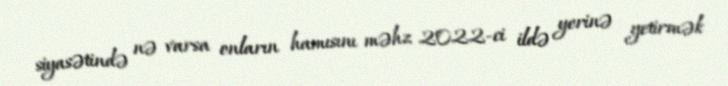
siyasətində nə varsa onların hamısını məhz 2022-ci ildə yerinə yetirmək